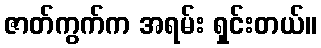
ဇာတ်ကွက်က အရမ်း ရှင်းတယ်။